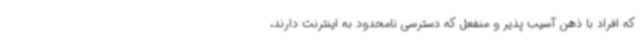
که افراد با ذهن آسیب پذیر و منفعل که دسترسی نامحدود به اینترنت دارند،